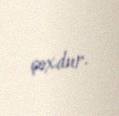
çoxdur.